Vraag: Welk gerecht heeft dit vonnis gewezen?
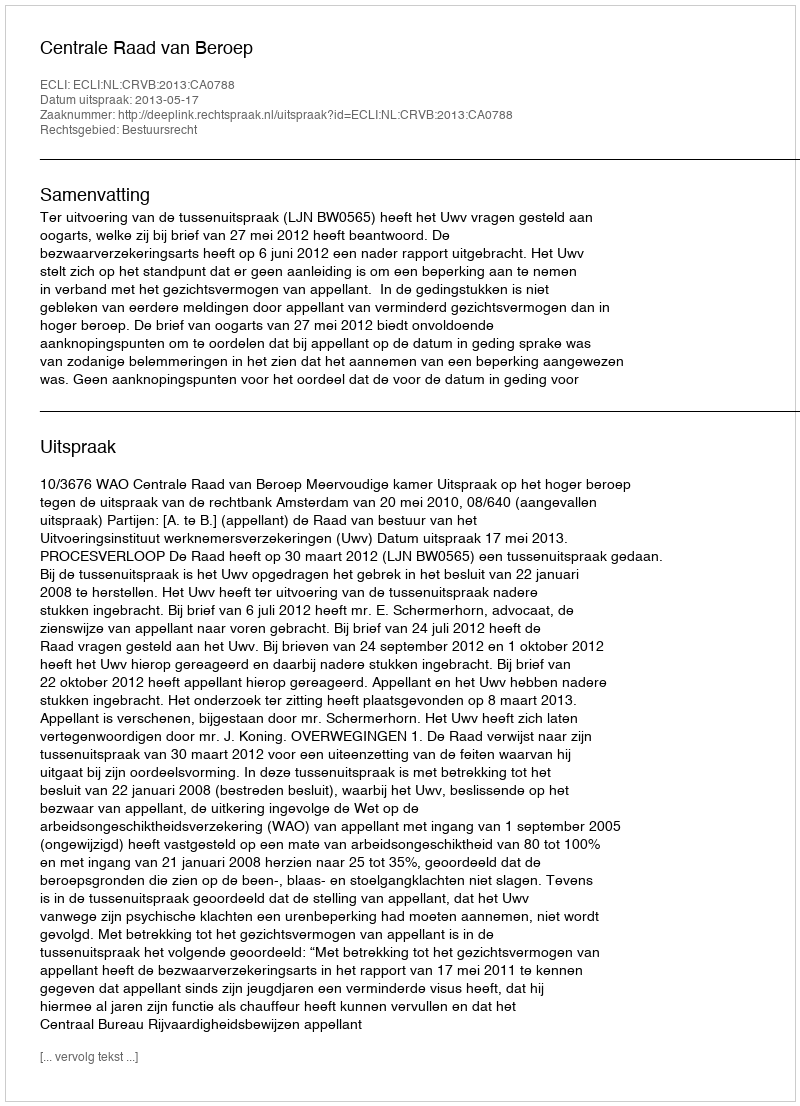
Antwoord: Centrale Raad van Beroep